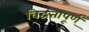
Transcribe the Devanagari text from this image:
विद्वत्तापूर्ण्‌